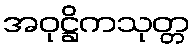
အဝုဋ္ဌိကသုတ္တ